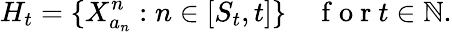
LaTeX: H_{t}=\{ X_{a_{n}}^{n}:n\in[S_{t},t]\} \quad\mathrm{~f~o~r~}t\in\mathbb{N}.